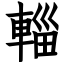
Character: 輜